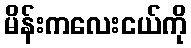
မိန်းကလေးငယ်ကို